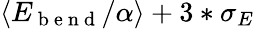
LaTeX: \langle E_{\mathrm{~b~e~n~d~}}/\alpha\rangle+3*\sigma_{E}